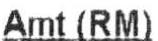
AMT(RM)